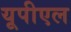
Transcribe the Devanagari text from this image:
यूपीएल